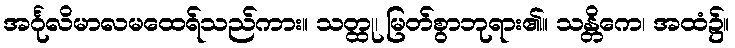
အင်္ဂုလိမာလမထေရ်သည်ကား။ သတ္ထု၊ မြတ်စွာဘုရား၏။ သန္တိကေ၊ အထံ၌။